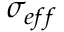
\sigma _ { e f f }